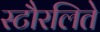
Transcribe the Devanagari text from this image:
स्टौरलिते